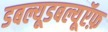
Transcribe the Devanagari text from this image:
डबल्यूडबल्यूऍफ़